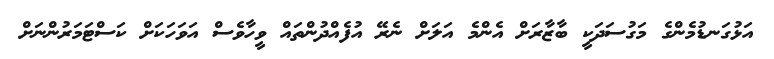
އަޅުގަނޑުމެންގެ މަގުސަދަކީ ބާޒާރަށް އެންމެ އަލަށް ނެރޭ އުފެއްދުންތައް ވީހާވެސް އަވަހަކަށް ކަސްޓަމަރުންނަށް